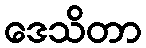
ဒေသိတာ